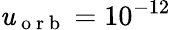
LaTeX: \mathit{u}_{\mathrm{{~o~r~b~}}}=10^{-12}